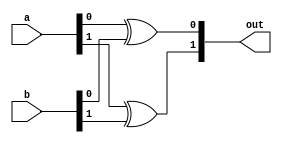
module xor2_2bit (a, b, out);
	// Output vector for the design module
	output [1:0] out;
	
	
	
	
	
	// Input signals for the design module
	// Input vector
	input [1:0] a;
	// Another input vector
	input [1:0] b;
	
	
	
	
	
	// Declare "reg" signals... that will be assigned values
	reg [1:0] out;
	// Declare "wire" signals...
	// Defining constants: parameter [name_of_constant] = value;
	
	
	// Carry out the XOR operation on the 2 2-bit inputs
	always @(*)
	begin
		out[0]=a[0]^b[0];
		out[1]=a[1]^b[1];
		
	end
	
	
endmodule